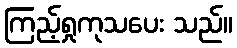
ကြည့်ရှုကုသပေး သည်။